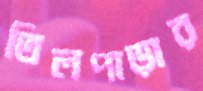
তিলপাড়ার